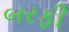
બરફી